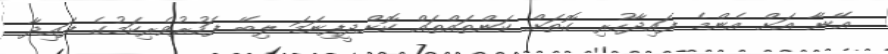
އޭނާ އަށް އެންމެ ފައިދާހުރި ގޮތަށް ކަންތައްތައް ކޮށްދީފިނަމަ ލިބޭ ފަހުރުވެރިކަމުގެ ފައިދާ